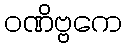
ဝဏိဗ္ဗကေ